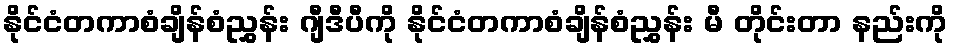
နိုင်ငံတကာစံချိန်စံညွှန်း ဂျီဒီပီကို နိုင်ငံတကာစံချိန်စံညွှန်း မီ တိုင်းတာ နည်းကို